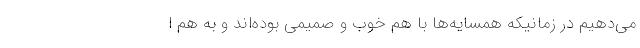
می‌دهیم در زمانیکه همسایه‌ها با هم خوب و صمیمی بوده‌اند و به هم ا